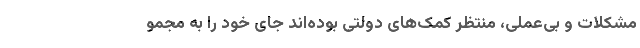
مشکلات و بی‌عملی، منتظر کمک‌های دولتی بوده‌اند جای خود را به مجمو